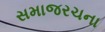
સમાજરચના